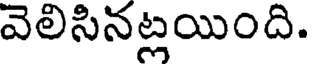
వెలిసినట్లయింది.